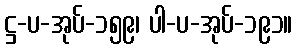
ဋ္ဌ-ပ-အုပ်-၁၅၉၊ ပါ-ပ-အုပ်-၁၉၁။